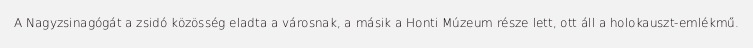
A Nagyzsinagógát a zsidó közösség eladta a városnak, a másik a Honti Múzeum része lett, ott áll a holokauszt-emlékmű.